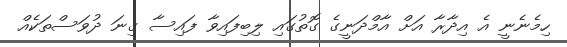
ހިމެނެނީ އެ އިދާރާ އަށް އާމްދަނީގެ ގޮތުގައި ލިބިފައިވާ ފައިސާ ގިނަ ދުވަސްތަކެއް